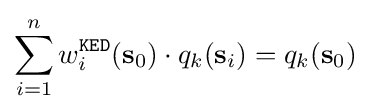
\sum \limits _{i=1}^{n}w_{i}^{\mathtt {KED}}(\mathbf {s} _{0})\cdot q_{k}(\mathbf {s} _{i})=q_{k}(\mathbf {s} _{0})